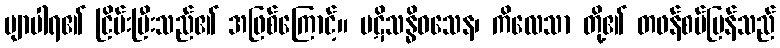
ဗျာပါရ၏ ငြိမ်းပြီးသည်၏ အဖြစ်ကြောင့်။ ပဋိသန္ဓိဝသေန၊ ကိလေသာ တို့၏ တဖန်စပ်ပြန်သည်